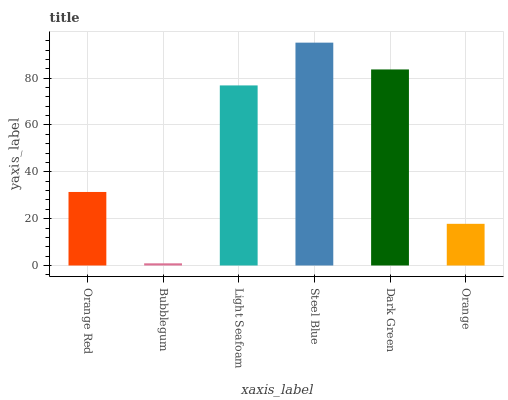
| xaxis_label | bars |
 | --- | --- |
 | Orange Red | 31.4 |
 | Bubblegum | 0.926 |
 | Light Seafoam | 76.9 |
 | Steel Blue | 95.2 |
 | Dark Green | 83.7 |
 | Orange | 17.8 |